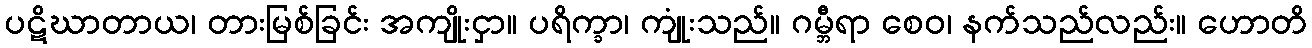
ပဋိဃာတာယ၊ တားမြစ်ခြင်း အကျိုးငှာ။ ပရိက္ခာ၊ ကျုံးသည်။ ဂမ္ဘီရာ စေဝ၊ နက်သည်လည်း။ ဟောတိ